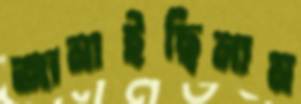
জানাইছিলাম